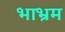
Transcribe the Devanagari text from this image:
भाभ्रम